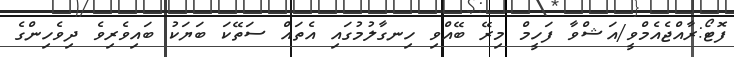
ފޮޓޯ:ރާއްޖެއެމްވީ/އަޝްވާ ފަހީމް މިރޭ ބޭއްވި ހިނގާލުމުގައި އެތައް ސަތޭކަ ބަޔަކު ބައިވެރިވެ ދިވެހިންގެ